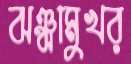
ঝঞ্ঝামুখর